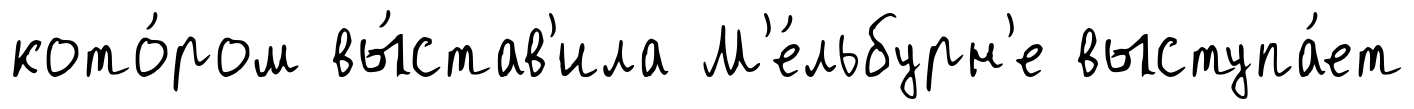
кото́ром вы́став'ила М'е́льбурн'е выступа́ет